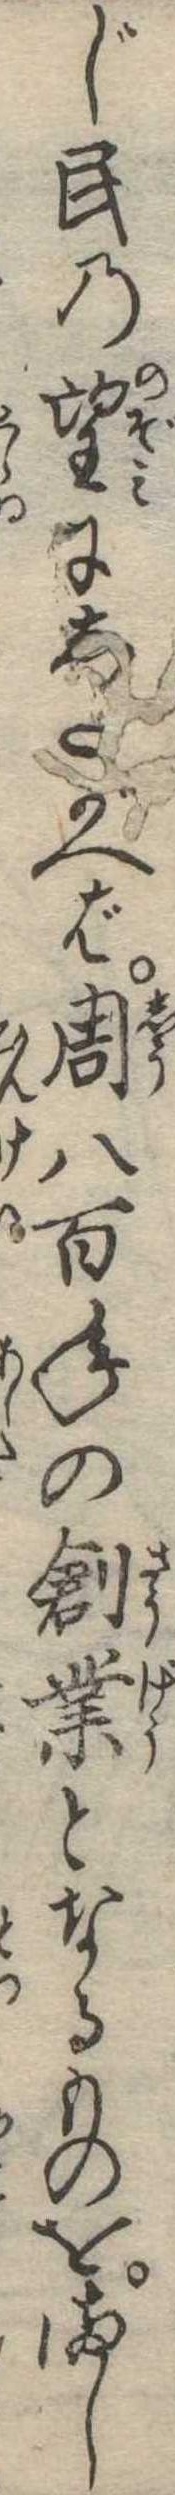
じ民の望にしたがへば周八百年の創業となるものをまし